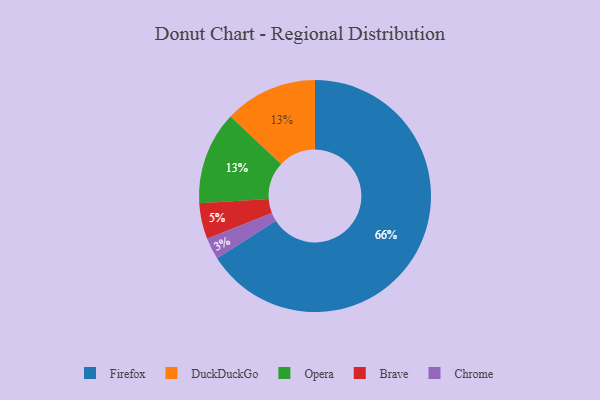
{"axis": {"x": "Category", "y": "Percentage"}, "legend": ["Brave", "Chrome", "DuckDuckGo", "Firefox", "Opera"], "data": [{"x": "Firefox", "y": 66, "type": "Firefox"}, {"x": "Brave", "y": 5, "type": "Brave"}, {"x": "DuckDuckGo", "y": 13, "type": "DuckDuckGo"}, {"x": "Opera", "y": 13, "type": "Opera"}, {"x": "Chrome", "y": 3, "type": "Chrome"}]}